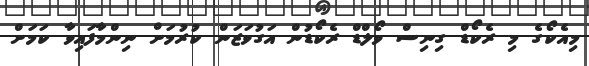
މިއެކޯގެ މި ރެކޯޑް ގިނިސް ވޯލްޑް ރެކޯޑުން އަގުވަޒަން ކުރުމަށް ނިންމާފައިވާ ކަމަށް